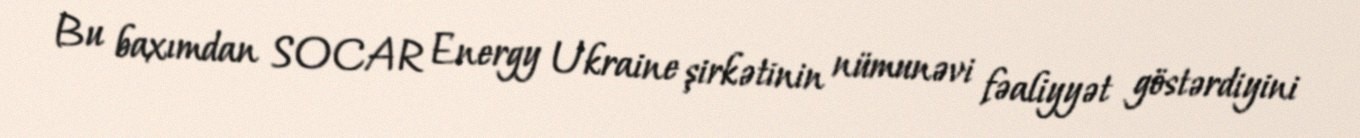
Bu baxımdan SOCAR Energy Ukraine şirkətinin nümunəvi fəaliyyət göstərdiyini